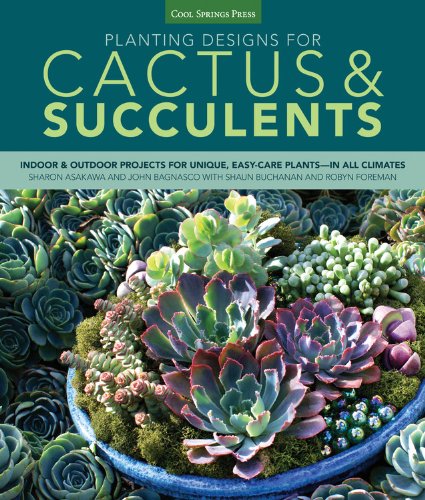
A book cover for Planting Designs for Cactus & Succulents: Indoor and Outdoor Projects for Unique, Easy-Care Plants--in All Climates; Sharon Asakawa; Crafts, Hobbies & Home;